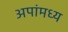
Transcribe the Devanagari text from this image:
अपांमध्य